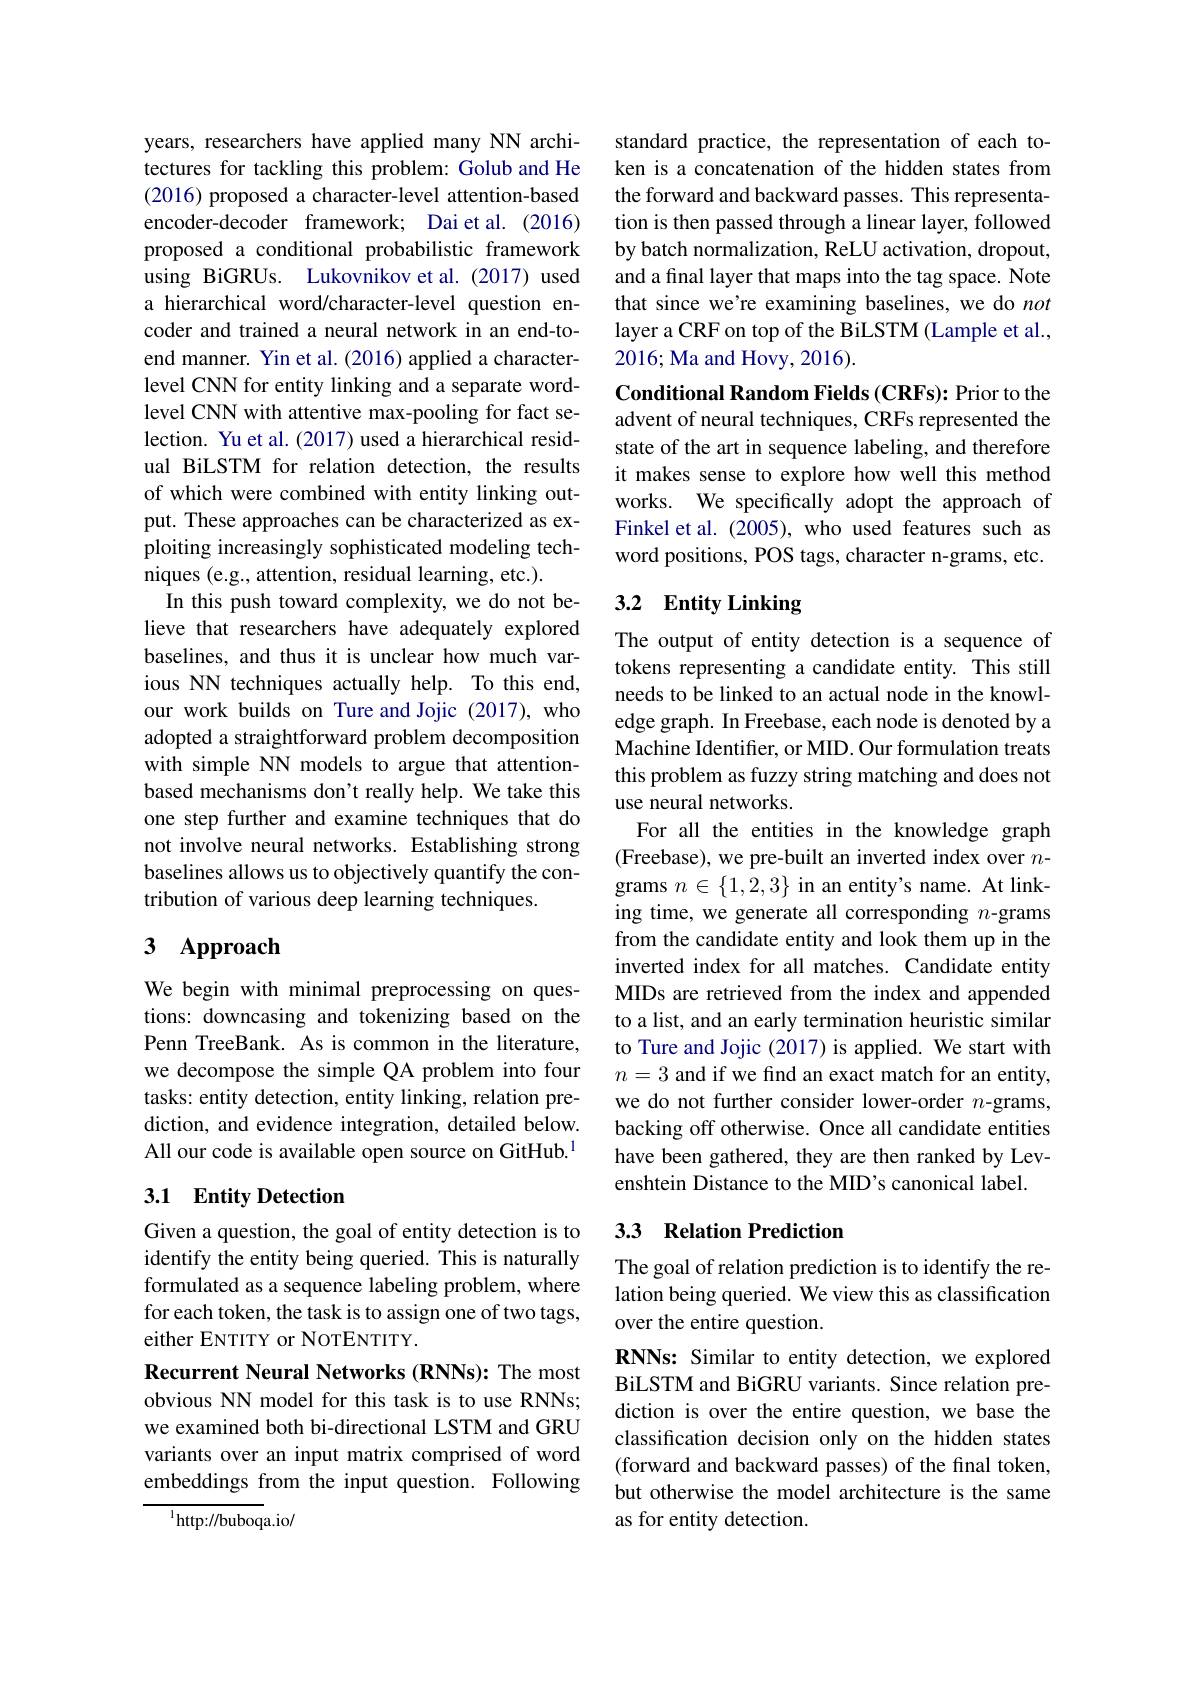
years, researchers have applied many NN architectures for tackling this problem: Golub and He (2016) proposed a character-level attention-based encoder-decoder framework; Dai et al. (2016) proposed a conditional probabilistic framework using BiGRUs. Lukovnikov et al. (2017) used a hierarchical word/character-level question encoder and trained a neural network in an end-toend manner. Yin et al. (2016) applied a characterlevel CNN for entity linking and a separate wordlevel CNN with attentive max-pooling for fact selection. Yu et al. (2017) used a hierarchical residual BiLSTM for relation detection, the results of which were combined with entity linking output. These approaches can be characterized as exploiting increasingly sophisticated modeling techniques (e.g., attention, residual learning, etc.).
In this push toward complexity, we do not believe that researchers have adequately explored baselines, and thus it is unclear how much various NN techniques actually help. To this end, our work builds on Ture and Jojic (2017), who adopted a straightforward problem decomposition with simple NN models to argue that attentionbased mechanisms don't really help. We take this one step further and examine techniques that do not involve neural networks. Establishing strong baselines allows us to objectively quantify the contribution of various deep learning techniques.

# 3 Approach

We begin with minimal preprocessing on questions: downcasing and tokenizing based on the Penn TreeBank. As is common in the literature, we decompose the simple QA problem into four tasks: entity detection, entity linking, relation prediction, and evidence integration, detailed below. All our code is available open source on GitHub.$^{1}$

## 3.1 Entity Detection

Given a question, the goal of entity detection is to identify the entity being queried. This is naturally formulated as a sequence labeling problem, where for each token, the task is to assign one of two tags, either ENTITY or NOTENTITY.
Recurrent Neural Networks (RNNs): The most obvious NN model for this task is to use RNNs; we examined both bi-directional LSTM and GRU variants over an input matrix comprised of word embeddings from the input question. Following

$^{1}$http://buboqa.io/

standard practice, the representation of each token is a concatenation of the hidden states from the forward and backward passes. This representation is then passed through a linear layer, followed by batch normalization, ReLU activation, dropout, and a final layer that maps into the tag space. Note that since we're examining baselines, we do not layer a CRF on top of the BiLSTM (Lample et al., 2016; Ma and Hovy, 2016).

Conditional Random Fields (CRFs): Prior to the advent of neural techniques, CRFs represented the state of the art in sequence labeling, and therefore it makes sense to explore how well this method works. We specifically adopt the approach of Finkel et al. (2005), who used features such as word positions, POS tags, character n-grams, etc.

## 3.2 Entity Linking

The output of entity detection is a sequence of tokens representing a candidate entity. This still needs to be linked to an actual node in the knowledge graph. In Freebase, each node is denoted by a Machine Identifier, or MID. Our formulation treats this problem as fuzzy string matching and does not use neural networks.
For all the entities in the knowledge graph (Freebase), we pre-built an inverted index over $n$- grams $n\in\{1,2,3\}$ in an entity's name. At linking time, we generate all corresponding $n$-grams from the candidate entity and look them up in the inverted index for all matches. Candidate entity MIDs are retrieved from the index and appended to a list, and an early termination heuristic similar to Ture and Jojic (2017) is applied. We start with $n=3$ and if we find an exact match for an entity, we do not further consider lower-order $n$-grams, backing off otherwise. Once all candidate entities have been gathered, they are then ranked by Levenshtein Distance to the MID's canonical label.

## 3.3 Relation Prediction

The goal of relation prediction is to identify the relation being queried. We view this as classification over the entire question.
RNNs: Similar to entity detection, we explored BiLSTM and BiGRU variants. Since relation prediction is over the entire question, we base the classification decision only on the hidden states (forward and backward passes) of the final token, but otherwise the model architecture is the same as for entity detection.